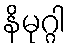
နိမုဂ္ဂါ